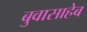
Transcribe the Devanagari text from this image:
बुवासाहेब